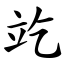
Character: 䇄